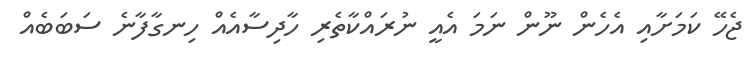
ޖެހޭ ކަމަށާއި އެހެން ނޫން ނަމަ އެއީ ނުރައްކާތެރި ހާދިސާއެއް ހިނގާފާނެ ސަބަބެއް